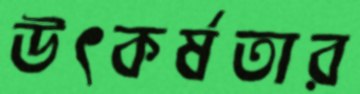
উৎকর্ষতার